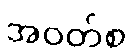
အဝတ်စ